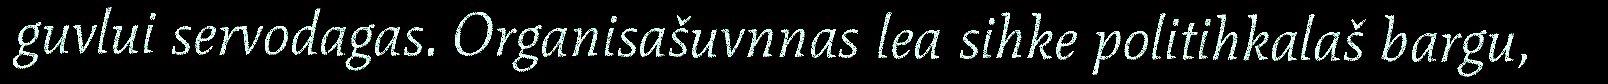
guvlui servodagas. Organisašuvnnas lea sihke politihkalaš bargu,